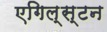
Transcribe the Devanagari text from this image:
एगिल्स्टन